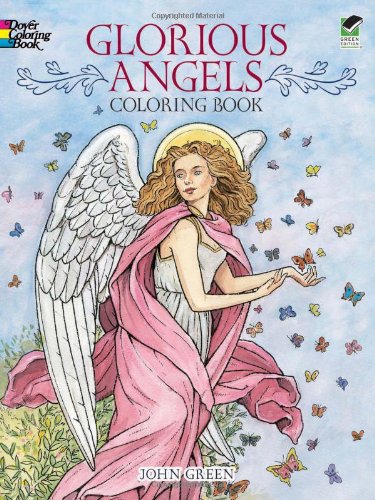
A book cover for Glorious Angels Coloring Book (Dover Coloring Books); John Green; Religion & Spirituality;